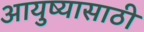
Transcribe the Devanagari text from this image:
आयुष्यासाठी